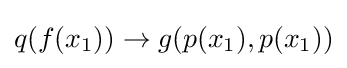
q(f(x_{1}))\to g(p(x_{1}),p(x_{1}))